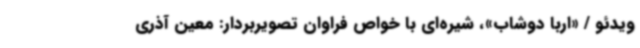
ویدئو / «اربا دوشاب»، شیره‌ای با خواص فراوان تصویربردار: معین آذری